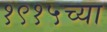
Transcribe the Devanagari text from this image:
१९१५च्या